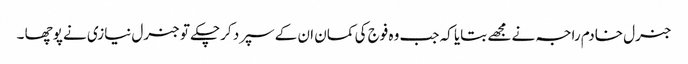
جنرل خادم راجہ نے مجھے بتایا کہ جب وہ فوج کی کمان ان کے سپرد کرچکے تو جنرل نیازی نے پوچھا ۔